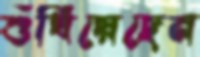
শুঁখিয়েছেন